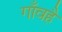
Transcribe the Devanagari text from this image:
गाँवहै